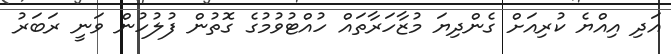
އަދި އިއްޔެ ކުރިއަށް ގެންދިޔަ މުޒާހަރާތައް ހުއްޓުވުމުގެ ގޮތުން ފުލުހުން ވަނީ ރަބަރު